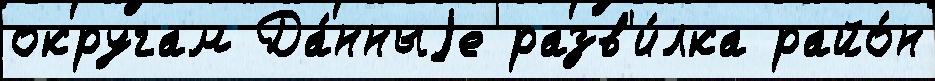
округам Да́нныjе разв'и́лка райо́н